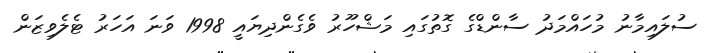
ސުލައިމާނު މުހައްމަދު ސާންޑްގެ ގޮތުގައި މަޝްހޫރު ވެގެންދިޔައީ 1998 ވަނަ އަހަރު ޓެލެވިޒަން